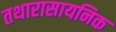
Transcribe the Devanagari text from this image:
तथारासायनिक